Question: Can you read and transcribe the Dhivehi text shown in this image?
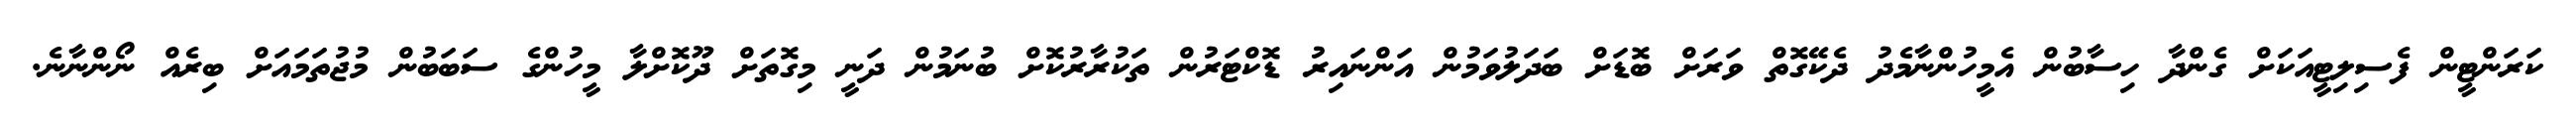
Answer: ކަރަންޓީން ފެސިލިޓީއަކަށް ގެންދާ ހިސާބުން އެމީހުންނާމެދު ދެކޭގޮތް ވަރަށް ބޮޑަށް ބަދަލުވަމުން އަންނައިރު ޑޮކްޓަރުން ތަކުރާރުކޮށް ބުނަމުން ދަނީ މިގޮތަށް ދޫކޮށްލާ މީހުންގެ ސަބަބުން މުޖުތަމައަށް ބިރެއް ނޯންނާނެ.